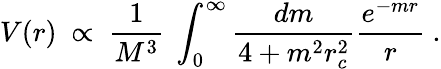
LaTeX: V(r)~\propto~{\frac{1}{M^{3}}}~\int_{0}^{\infty}{\frac{dm}{4+m^{2}r_{c}^{2}}}{\frac{e^{-mr}}{r}}~.